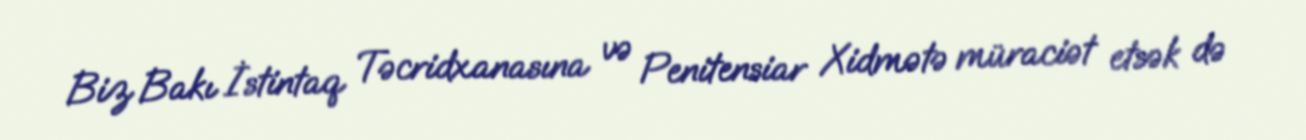
Biz Bakı İstintaq Təcridxanasına və Penitensiar Xidmətə müraciət etsək də